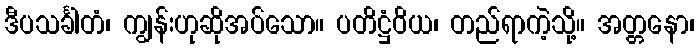
ဒီပသင်္ခါတံ၊ ကျွန်းဟုဆိုအပ်သော။ ပတိဋ္ဌံဝိယ၊ တည်ရာကဲ့သို့။ အတ္တနော၊